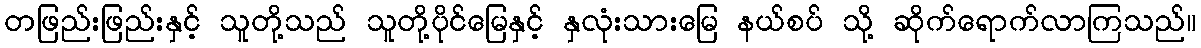
တဖြည်းဖြည်းနှင့် သူတို့သည် သူတို့ပိုင်မြေနှင့် နှလုံးသားမြေ နယ်စပ် သို့ ဆိုက်ရောက်လာကြသည်။